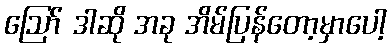
ဪ ဒါဆို အခု အိမ်ပြန်တော့မှာပေါ့